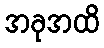
အခုအထိ